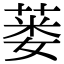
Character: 蒌